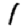
Digit: 1